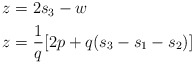
\begin{align*}\begin{aligned}z& = 2s_3 - w \\z& = \frac{1} {q} [ 2p + q ( s_3 - s_1 - s_2 ) ] \\\end{aligned}\end{align*}